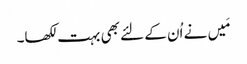
مَیں نے اُن کے لئے بھی بہت لکھا۔